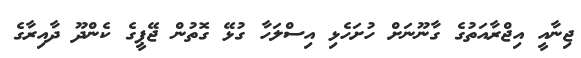
ޖިނާއީ އިޖްރާއަތުގެ ގާނޫނަށް ހުށަހެޅި އިސްލަހާ ގުޅޭ ގޮތުން ޖޭޕީގެ ކެންދޫ ދާއިރާގެ